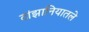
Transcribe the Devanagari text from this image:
टांझानियातले